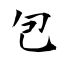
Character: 包